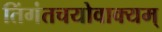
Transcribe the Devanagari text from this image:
तिंगंतचयोवाक्यम्